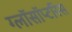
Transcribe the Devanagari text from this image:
ग्लॉसॉप्टरिस